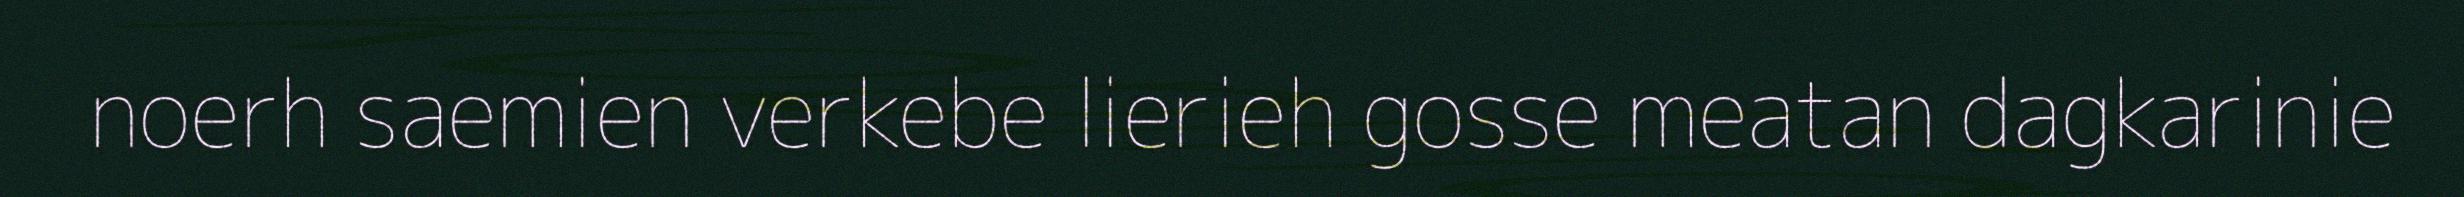
noerh saemien verkebe lierieh gosse meatan dagkarinie